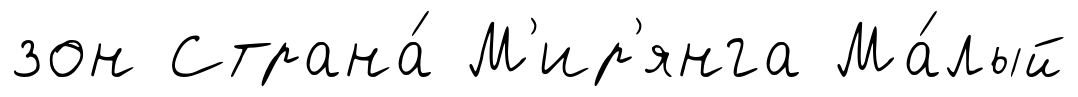
зон Страна́ М'ир'янга Ма́лый